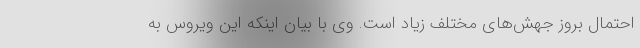
احتمال بروز جهش‌های مختلف زیاد است. وی با بیان اینکه این ویروس به